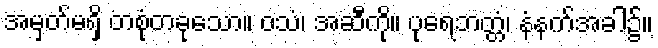
အမှတ်မရှိ တစုံတခုသော။ ဝသံ၊ အဆီကို။ ပုရေဘတ္တံ၊ နံနက်အခါ၌။